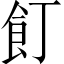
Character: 飣